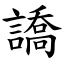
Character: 譑